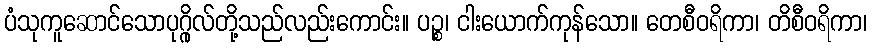
ပံသုကူဆောင်သောပုဂ္ဂိုလ်တို့သည်လည်းကောင်း။ ပဉ္စ၊ ငါးယောက်ကုန်သော။ တေစီဝရိကာ၊ တိစီဝရိကာ၊